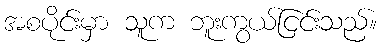
အစပိုင်းမှာ သူက ဘူးကွယ်ငြင်းသည်။